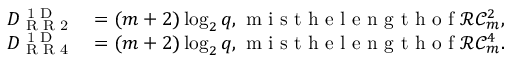
\begin{array} { r l } { D _ { \textup { R R 2 } } ^ { \textup { 1 D } } } & { = ( m + 2 ) \log _ { 2 } q , \textup { m i s t h e l e n g t h o f } \mathcal { R C } _ { m } ^ { 2 } , } \\ { D _ { \textup { R R 4 } } ^ { \textup { 1 D } } } & { = ( m + 2 ) \log _ { 2 } q , \textup { m i s t h e l e n g t h o f } \mathcal { R C } _ { m } ^ { 4 } . } \end{array}